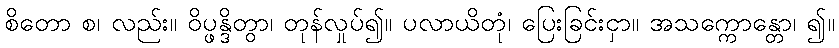
စိတော စ၊ လည်း။ ဝိပ္ဖန္ဒိတွာ၊ တုန်လှုပ်၍။ ပလာယိတုံ၊ ပြေးခြင်းငှာ။ အသက္ကောန္တော၊ ၍။